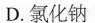
D.氯化钠